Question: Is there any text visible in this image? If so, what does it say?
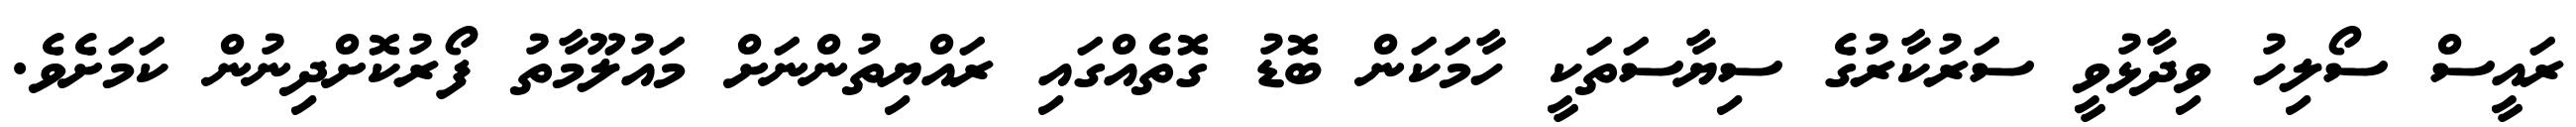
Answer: ރައީސް ސޯލިހު ވިދާޅުވީ ސަރުކާރުގެ ސިޔާސަތަކީ ހާމަކަން ބޮޑު ގޮތެއްގައި ރައްޔިތުންނަށް މައުލޫމާތު ފޯރުކޮށްދިނުން ކަމަށެވެ.